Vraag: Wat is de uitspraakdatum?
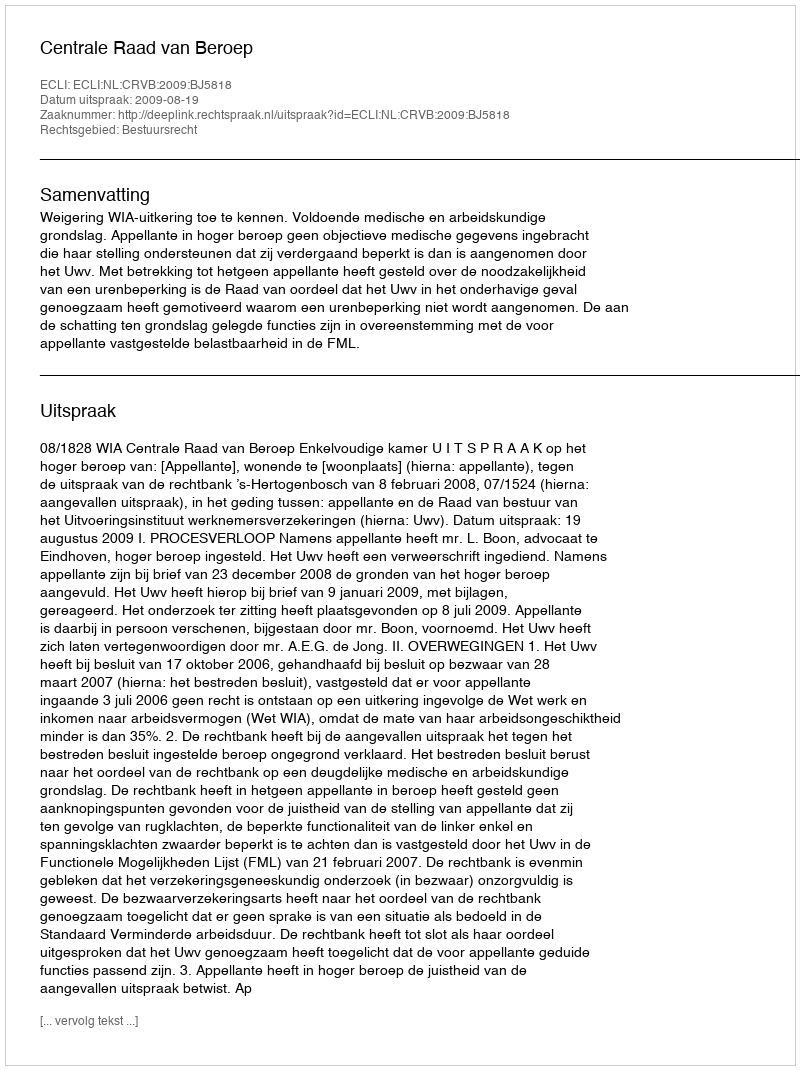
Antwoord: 2009-08-19